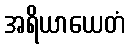
အရိယာယေတံ